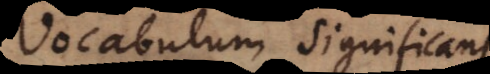
Vocabulum significans